Lunatic asylums Central Provinces reports 1886-1894 - 1886-1894
Year: 1886
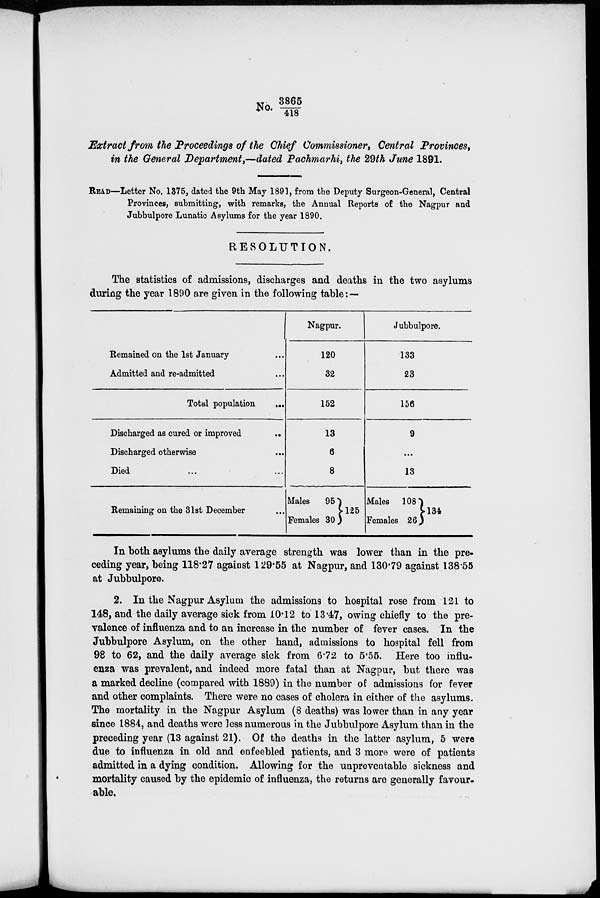
NO. 3865/418
Extract from the Proceedings of the Chief Commissioner, Central Provinces,
in the General Department,—dated Pachmarhi, the 29th June 1891.
READ—Letter No. 1375, dated the 9th May 1891, from the Deputy Surgeon-General, Central
Provinces, submitting, with remarks, the Annual Reports of the Nagpur and
Jubbulpore Lunatic Asylums for the year 1890.
RESOLUTION.
The statistics of admissions, discharges and deaths in the two asylums
during the year 1890 are given in the following table: —
Remained on the 1st January ...
Admitted and re-admitted ...
Total population
...
Discharged as cured or improved
...
Discharged otherwise ...
Died ...
Remaining on the 31st December ...
Nagpur.
120
32
152
13
6
8
Males
95
Females 30
125
Jubbulpore.
133
23
156
9
...
13
Males
108
Females 26
134
In both asylums the daily average strength was lower than in the pre-
ceding year, being 118.27 against 129.55 at Nagpur, and 130.79 against 138.55
at Jubbulpore.
2. In the Nagpur Asylum the admissions to hospital rose from 121 to
148, and the daily average sick from 10.12 to 13.47, owing chiefly to the pre-
valence of influenza and to an increase in the number of fever cases. In the
Jubbulpore Asylum, on the other hand, admissions to hospital fell from
98 to 62, and the daily average sick from 6.72 to 5.55. Here too influ-
enza was prevalent, and indeed more fatal than at Nagpur, but there was
a marked decline (compared with 1889) in the number of admissions for fever
and other complaints. There were no cases of cholera in either of the asylums.
The mortality in the Nagpur Asylum (8 deaths) was lower than in any year
since 1884, and deaths were less numerous in the Jubbulpore Asylum than in the
preceding year (13 against 21). Of the deaths in the latter asylum, 5 were
due to influenza in old and enfeebled patients, and 3 more were of patients
admitted in a dying condition. Allowing for the unpreventable sickness and
mortality caused by the epidemic of influenza, the returns are generally favour-
able.